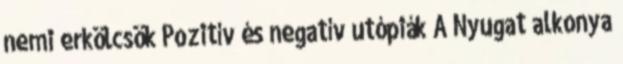
nemi erkölcsök Pozitív és negatív utópiák A Nyugat alkonya